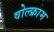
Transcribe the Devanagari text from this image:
वोल्फ्राम